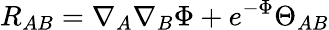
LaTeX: R_{AB}=\nabla_{A}\nabla_{B}\Phi+e^{-\Phi}\Theta_{AB}